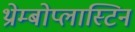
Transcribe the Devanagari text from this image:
थ्रोम्बोप्लास्टिन